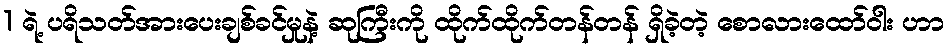
1 ရဲ့ ပရိသတ်အားပေးချစ်ခင်မှုနဲ့ ဆုကြီးကို ထိုက်ထိုက်တန်တန် ရှိခဲ့တဲ့ စောလားထော်ဝါး ဟာ